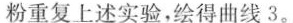
粉重复上述实验，绘得曲线3。